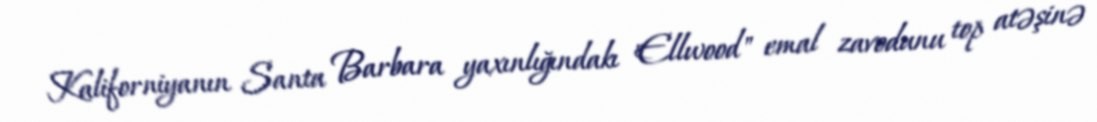
Kaliforniyanın Santa Barbara yaxınlığındakı "Ellwood" emal zavodunu top atəşinə